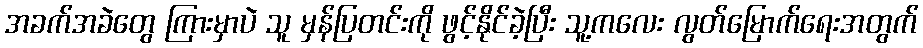
အခက်အခဲတွေ ကြားမှာပဲ သူ မှန်ပြတင်းကို ဖွင့်နိုင်ခဲ့ပြီး သူ့ကလေး လွတ်မြောက်ရေးအတွက်